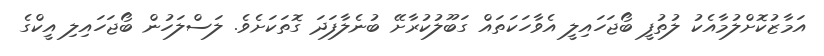
އަމާޒުކޮށްލުމާއެކު ލުތުފީ ބޯޖަހައިލީ އެވާހަކަތައް ގަބޫލުކުރާށޭ ބުނެލާފަދަ ގޮތަކަށެވެ. ލަސްލަހުން ބޯޖަހައިލި އީކްގެ